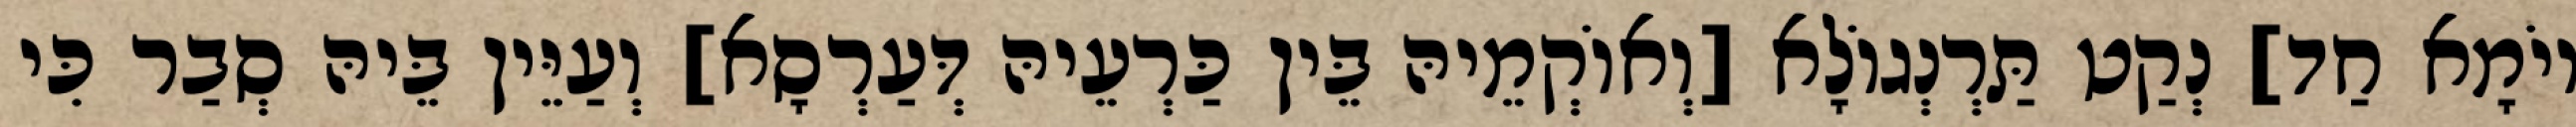
יוֹמָא חַד] נְקַט תַּרְנְגוֹלָא [וְאוֹקְמֵיהּ בֵּין כַּרְעֵיהּ דְּעַרְסָא] וְעַיֵּין בֵּיהּ סְבַר כִּי